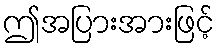
ဤအပြားအားဖြင့်